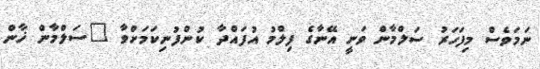
ނަމަވެސް މިފަހަރު ސަލްމާން ވަނީ އޭނާގެ ފިލްމު އުފައްދާ ކުންފުނިކަމަށްވާ "ސަލްމާން ޚާން